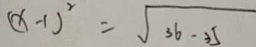
( x - 1 ) ^ { 2 } = \sqrt { 3 6 - 3 5 }